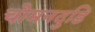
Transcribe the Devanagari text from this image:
चोमनदुडि